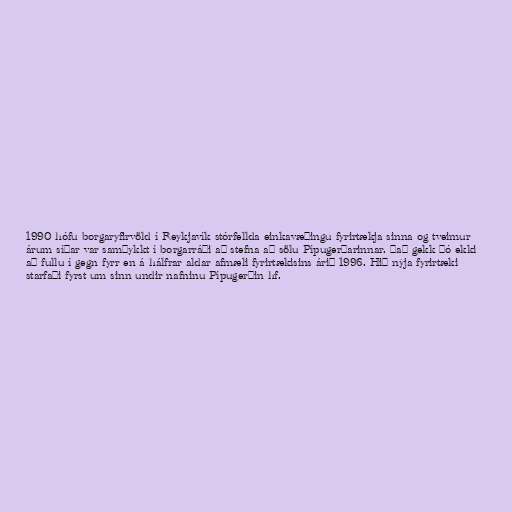
1990 hófu borgaryfirvöld í Reykjavík stórfellda einkavæðingu fyrirtækja sinna og tveimur
árum síðar var samþykkt í borgarráði að stefna að sölu Pípugerðarinnar. Það gekk þó ekki
að fullu í gegn fyrr en á hálfrar aldar afmæli fyrirtækisins árið 1996. Hið nýja fyrirtæki
starfaði fyrst um sinn undir nafninu Pípugerðin hf.